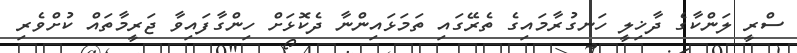
ސްރީ ލަންކާގެ ދާޚިލީ ހަނގުރާމައިގެ ތެރޭގައި ތަމަޅައިންނާ ދެކޮޅަށް ހިންގާފައިވާ ޖަރީމާތައް ކުށްވެރި